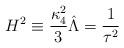
LaTeX: \begin{align*}H^2\equiv \frac{\kappa_4^2}{3}\hat \Lambda =\frac{1}{\tau^2}\end{align*}